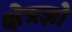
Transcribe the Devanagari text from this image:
क्षेत्रज्ञो